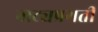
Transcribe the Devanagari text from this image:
नाट्यप्रगती